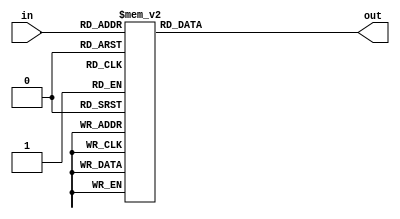
module ValueToAscii(
    input [3:0] in, //4 bits in
    output reg [6:0] out //translated to 7'hASCII
);

always@*
    case(in)
        4'd0: out = 7'h30; //0
        4'd1: out = 7'h31;
        4'd2: out = 7'h32;
        4'd3: out = 7'h33;
        4'd4: out = 7'h34;
        4'd5: out = 7'h35;
        4'd6: out = 7'h36;
        4'd7: out = 7'h37;
        4'd8: out = 7'h38;
        4'd9: out = 7'h39;
        4'd10: out = 7'h41; //A
        4'd11: out = 7'h42;
        4'd12: out = 7'h43;
        4'd13: out = 7'h44;
        4'd14: out = 7'h45;
        4'd15: out = 7'h46; //F
    endcase

endmodule